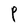
Character: P